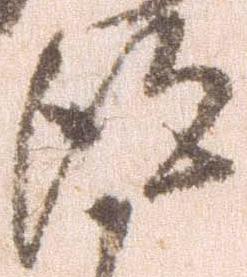
得